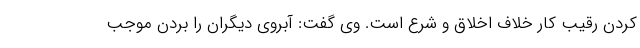
کردن رقیب کار خلاف اخلاق و شرع است. وی گفت: آبروی دیگران را بردن موجب